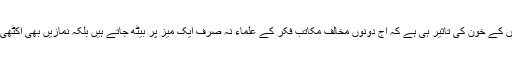
یہ بے گناہوں کے خون کی تاثیر ہی ہے کہ آج دونوں مخالف مکاتب فکر کے علماء نہ صرف ایک میز پر بیٹھ جاتے ہیں بلکہ نمازیں بھی اکٹھی پڑھتے ہیں۔